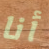
أنا